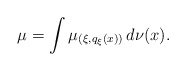
\begin{align*}\mu = \int \mu _{(\xi, q _\xi (x))} \, d \nu (x) .\end{align*}